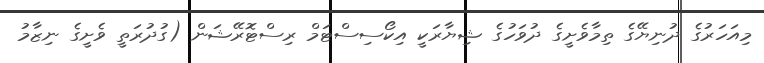
މިއަހަރުގެ ދުނިޔޭގެ ތިމާވެށީގެ ދުވަހުގެ ޝިޔާރަކީ އިކޯސިސްޓަމް ރިސްޓޮރޭޝަން (ގުދުރަތީ ވެށީގެ ނިޒާމު